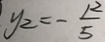
y _ { 2 } = - \frac { 1 2 } { 5 }